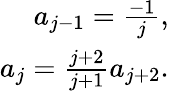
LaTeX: \begin{array}{r}{a_{j-1}=\frac{-1}{j},}\\ {a_{j}=\frac{j+2}{j+1}a_{j+2}.}\end{array}